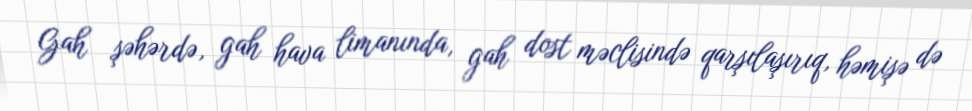
Gah şəhərdə, gah hava limanında, gah dost məclisində qarşılaşırıq, həmişə də